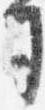
司